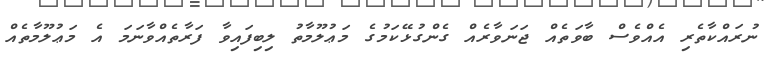
ނުރައްކާތެރި އެއްވެސް ބާވަތެއް ޖަނަވާރެއް ގެންގުޅޭކަމުގެ މަޢުލޫމާތު ލިބިފައިވާ ފަރާތެއްވާނަމަ އެ މަޢުލޫމާތެއް